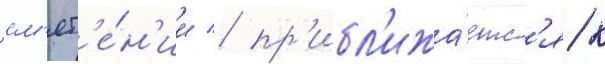
см'ят'е́н'ии / пр'ибл'ижа́етс'я к